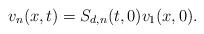
LaTeX: \begin{align*} v_n(x,t)&=S_{d,n}(t,0)v_1(x,0).\end{align*}